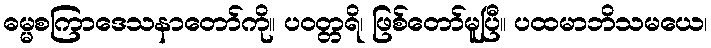
ဓမ္မစကြာဒေသနာတော်ကို။ ပဝတ္တရိ၊ ဖြစ်တော်မူပြီ။ ပထမာဘိသမယေ၊